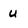
Character: u